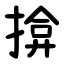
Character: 揜